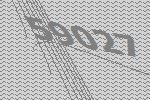
59027